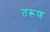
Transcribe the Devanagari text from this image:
तरूण